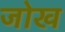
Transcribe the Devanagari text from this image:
जोख